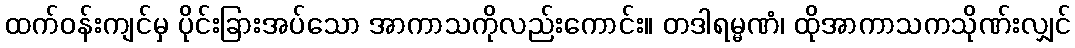
ထက်ဝန်းကျင်မှ ပိုင်းခြားအပ်သော အာကာသကိုလည်းကောင်း။ တဒါရမ္မဏံ၊ ထိုအာကာသကသိုဏ်းလျှင်